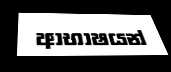
ආභාෂයන්